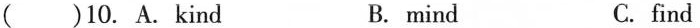
( )10. A.Kind B. mind C. find